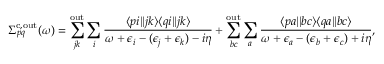
\Sigma _ { p q } ^ { \mathrm { c , o u t } } ( \omega ) = \sum _ { j k } ^ { \mathrm { o u t } } \sum _ { i } \frac { \langle p i | | j k \rangle \langle q i | | j k \rangle } { \omega + \epsilon _ { i } - ( \epsilon _ { j } + \epsilon _ { k } ) - i \eta } + \sum _ { b c } ^ { \mathrm { o u t } } \sum _ { a } \frac { \langle p a | | b c \rangle \langle q a | | b c \rangle } { \omega + \epsilon _ { a } - ( \epsilon _ { b } + \epsilon _ { c } ) + i \eta } ,